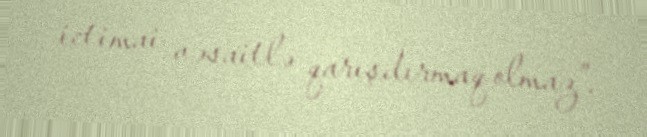
ictimai vəsaitlə qarışdırmaq olmaz”.